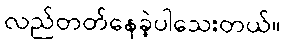
လည်တတ်နေခဲ့ပါသေးတယ်။